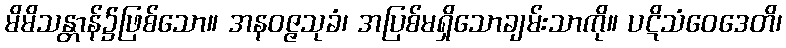
မိမိသန္တာန်၌ဖြစ်သော။ အနဝဇ္ဇသုခံ၊ အပြစ်မရှိသောချမ်းသာကို။ ပဋိသံဝေဒေတိ၊